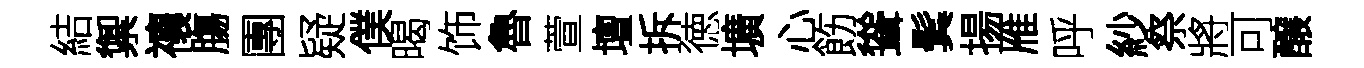
結禦禳膓團疑僕暍饰魯萱壇拆徳壙心飭聳鬂揚雁呼紗祭將可醸